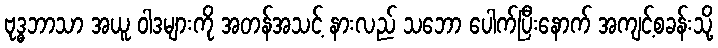
ဗုဒ္ဓဘာသာ အယူ ဝါဒများကို အတန်အသင့် နားလည် သဘော ပေါက်ပြီးနောက် အကျင့်စခန်းသို့